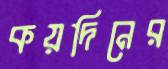
কয়দিনের